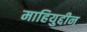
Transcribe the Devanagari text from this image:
माहियुद्दीन